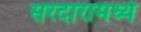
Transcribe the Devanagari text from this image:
सरदारामध्ये